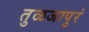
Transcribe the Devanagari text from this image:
तुळजापुरं